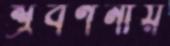
শ্রবণনীয়